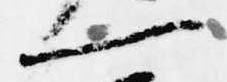
一